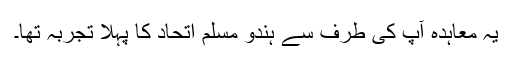
یہ معاہدہ آپ کی طرف سے ہندو مسلم اتحاد کا پہلا تجربہ تھا۔